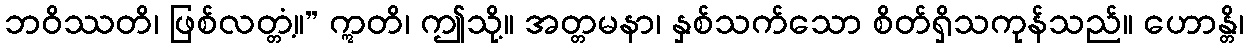
ဘဝိဿတိ၊ ဖြစ်လတ္တံ့။” ဣတိ၊ ဤသို့။ အတ္တမနာ၊ နှစ်သက်သော စိတ်ရှိသကုန်သည်။ ဟောန္တိ၊